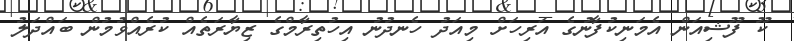
ކޫ ފޫޝިއަން އެމަނިކުފާނުގެ އަރިހަށް މިއަދު ހެނދުނު އިހުތިރާމްގެ ޒިޔާރަތެއް ކުރެއްވުމުން ބައްދަލު